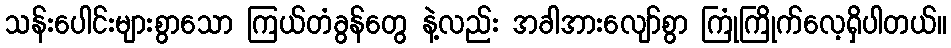
သန်းပေါင်းများစွာသော ကြယ်တံခွန်တွေ နဲ့လည်း အခါအားလျော်စွာ ကြုံကြိုက်လေ့ရှိပါတယ်။